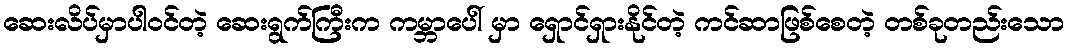
ဆေးလိပ်မှာပါဝင်တဲ့ ဆေးရွက်ကြီးက ကမ္ဘာပေါ် မှာ ရှောင်ရှားနိုင်တဲ့ ကင်ဆာဖြစ်စေတဲ့ တစ်ခုတည်းသော